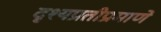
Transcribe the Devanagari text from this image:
दृश्यप्रतीप्रमाणे